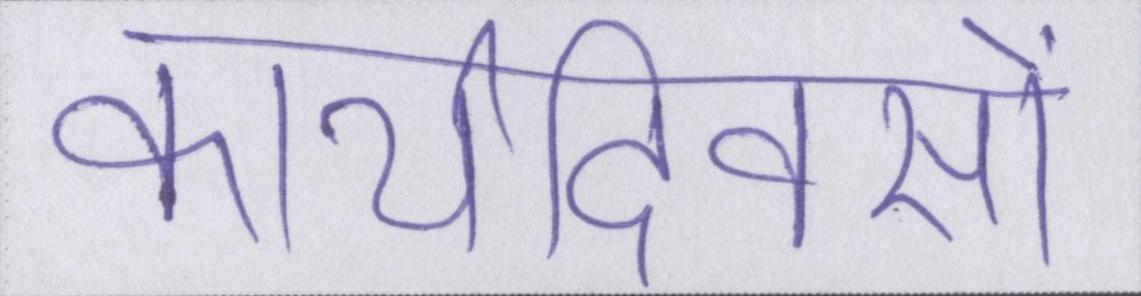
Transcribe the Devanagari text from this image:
कार्यदिवसों